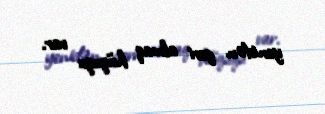
yenidən geri almaq hüququ var.